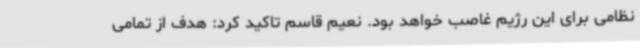
نظامی برای این رژیم غاصب خواهد بود. نعیم قاسم تاکید کرد: هدف از تمامی